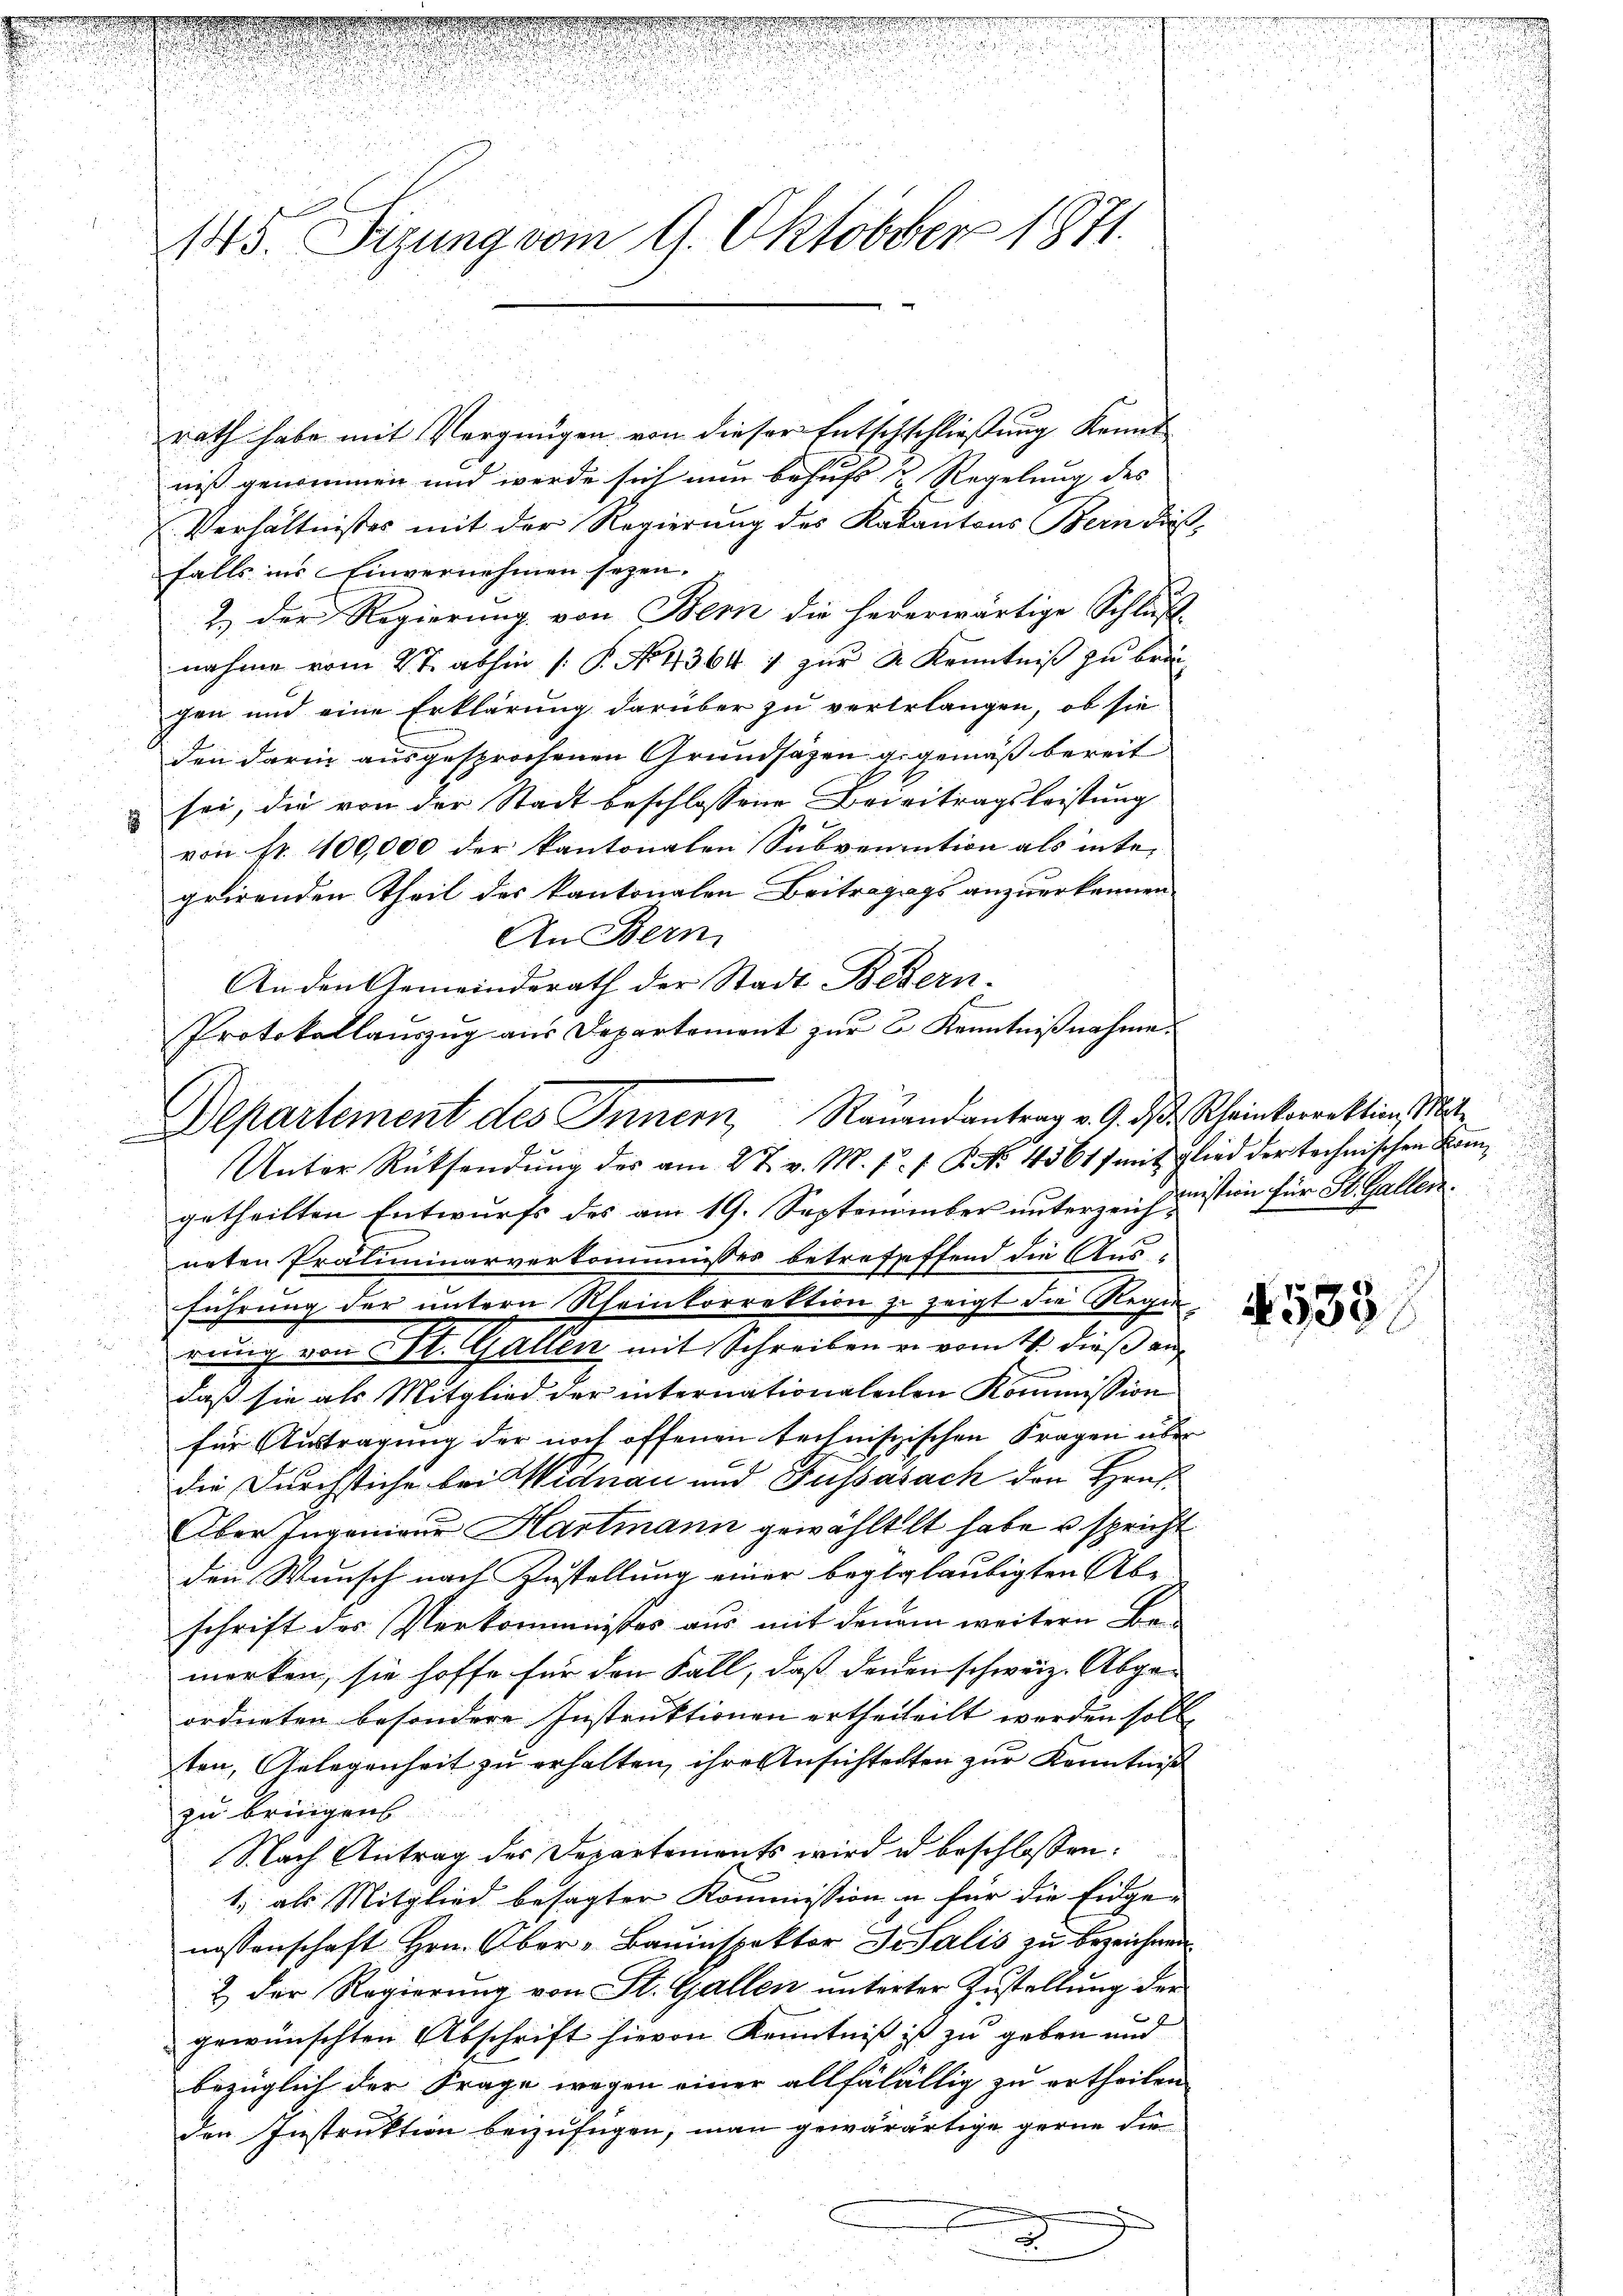
145. Sizung vom 9. Oktober 1871.

Protokollauszug aus Departement zur E. Kenntnißnahme.
Departement des Innern, Rauandantrag v. 9. d. Rheinkorrektion, Mit¬
Unter Rücksendŭng der am 27. v. M. f. 1. P. Nr. 45617 mitglied der technischen Kam¬

rath habe mit Vergnügen von dieser Entschschließung Kennt
niß genommen und werde sich nun behufs & Regelung des
Verhältnisses mit der Regierung des Kakantons Bern dießfalls ins Einvernehmen seyen.
2.) Der Regierung von Bern die hererwärtige Schluss-
nahme vom 2t. abhin (: P. No. 4364. 7 zur Sr. Kenntniß zu brin
gen und eine Erklärung darüber zu vererlangen, ob sie
den darin ausgesprochenen Grundsätzen gegemäß bereit
sei, die von der Stadt beschlossene Beweitragsleistung
von fr. 100,000 der kantonalen Subvention als inter
grirenden Theil des kantonalen Beitragugs anzuerkennen
An Bern
An den Gemeinderath der Stadt Bedern-
getheilten Entwurfs des am 19. September unterzeichnission für St. Gallen.
neten Präliminarverkommisses betrefeffend die Aus-
führung der untern Rheinkorrektion zu zeigt die Regirung von St. Gallen mit Schreiben u. vom 4. dieß auf
daß sie als Mitglied der internationaleilen Kommission
für Austragung der noch offenen technischischen Fragen über
die Durchstiche bei Widnau und Fussasach den Hrn.
Aber sageniger Hartmann gewähltlt habe u spricht
den Wunsch nach Zustellung einer beglgläubigten Abe
schrift des Verkommnisses aus mit denem weitern Be-
merken, sie hoffe für den Fall, daß denen schweiz. Abgeordneten besondere Instruktionen ertheileilt werden soll,
ten, Gelegenheit zu erhalten, ihre Ansichterten zur Kenntniß
zu bringen
Nach Antrag des Departements wird u beschlossen:
1., als Mitglied besagter Kommission u. für die Einge-
nossenschaft Hrn. Ober-Bauinspektor Dr Salis zu bezeichnen
2 der Regierung von St. Gallen unterter Zustellung der
gewünschten Abschrift hievon Kenntniß ist zu geben und
bezüglich der Frage wegen einer allfälältig zu ertheilen
den Instruktion beizufügen, man gewärärtige gerne die
.

533